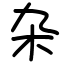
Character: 杂